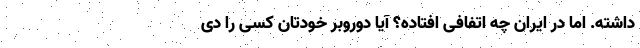
داشته. اما در ایران چه اتفافی افتاده؟ آیا دوروبر خودتان کسی را دی